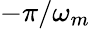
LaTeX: -\pi/\omega_{m}